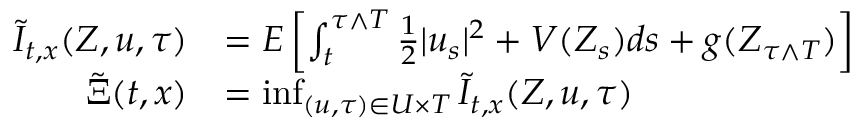
\begin{array} { r l } { \tilde { I } _ { t , x } ( Z , u , \tau ) } & { = E \left[ \int _ { t } ^ { \tau \wedge T } \frac { 1 } { 2 } \vert u _ { s } \vert ^ { 2 } + V ( Z _ { s } ) d s + g ( Z _ { \tau \wedge T } ) \right] } \\ { \tilde { \Xi } ( t , x ) } & { = \operatorname* { i n f } _ { ( u , \tau ) \in { \cal U } \times { \cal T } } \tilde { I } _ { t , x } ( Z , u , \tau ) } \end{array}